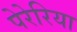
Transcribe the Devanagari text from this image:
पेरेरिया